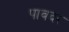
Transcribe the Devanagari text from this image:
पावदर